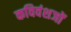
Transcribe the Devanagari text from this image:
कविवंशजों